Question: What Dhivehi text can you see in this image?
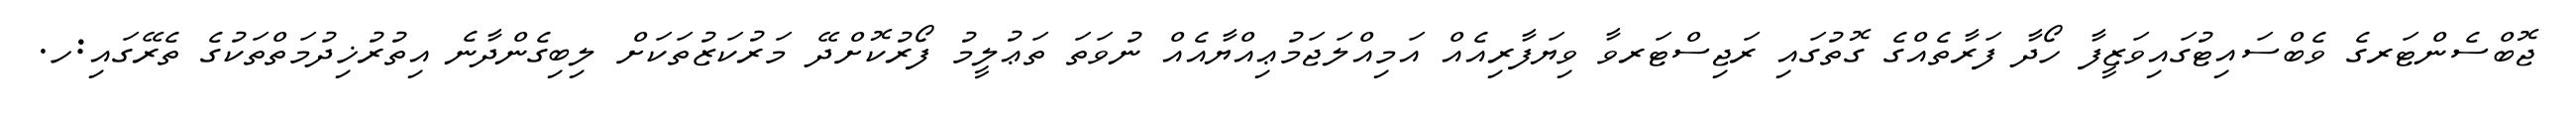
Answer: ޖޮބްސެންޓަރގެ ވެބްސައިޓުގައިވަޒީފާ ހޯދާ ފަރާތެއްގެ ގޮތުގައި ރަޖިސްޓަރވާ ވިޔަފާރިއެއް އަމިއްލަޖަމުޢިއްޔާއެއް ނުވަތަ ތަޢުލީމު ފޯރުކޮށްދޭ މަރުކަޒުތަކަށް ލިބިގެންދާނެ އިތުރުޚިދުމަތްތަކުގެ ތެރޭގައި:ހ.